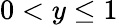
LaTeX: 0<y\leq 1